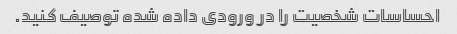
احساسات شخصیت را در ورودی داده شده توصیف کنید.